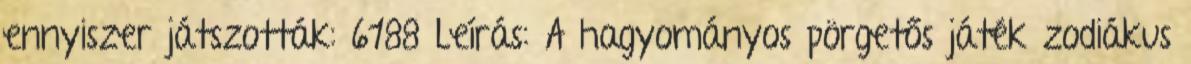
ennyiszer játszották: 6188 Leírás: A hagyományos pörgetős játék zodiákus